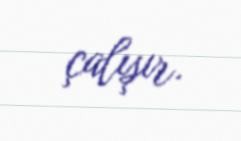
çalışır.